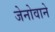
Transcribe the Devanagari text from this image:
जेनोवाने